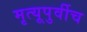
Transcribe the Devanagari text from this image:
मृत्यूपुर्वीच